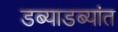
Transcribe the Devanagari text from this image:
डब्याडब्यांत